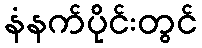
နံနက်ပိုင်းတွင်